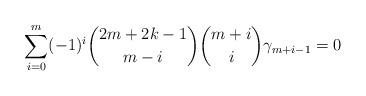
LaTeX: \begin{align*} \sum\limits_{i=0}^m(-1)^i {2m + 2k - 1 \choose m - i} {m + i \choose i} \gamma_{m+i-1} = 0\end{align*}